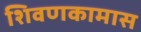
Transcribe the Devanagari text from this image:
शिवणकामास